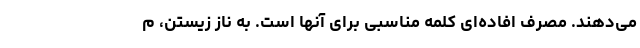
می‌دهند. مصرف افاده‌ای کلمه مناسبی برای آنها است. به ناز زیستن، م